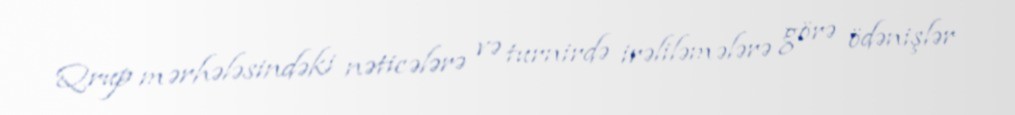
Qrup mərhələsindəki nəticələrə və turnirdə irəliləmələrə görə ödənişlər